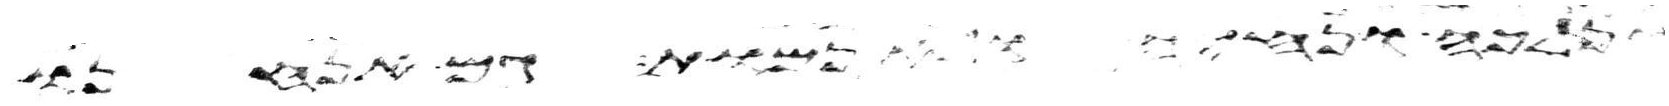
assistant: ונלכה ונחיה ולא נמות גם אנחנו